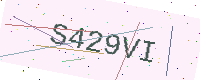
Text: S429VI